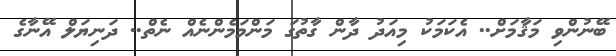
ބޭނުންވި މަޤާމަށް.. އެކަމަކު މިއަދު ދާން ގާތުގަ މަންމަމެންނެއް ނެތް.. ދަނިޔަލް އޭނާގެ